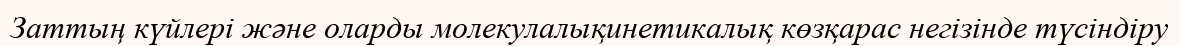
Заттың күйлері және оларды молекулалықинетикалық көзқарас негізінде түсіндіру